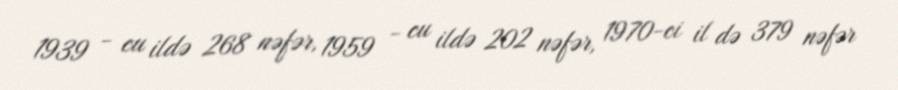
1939 - cu ildə 268 nəfər, 1959 - cu ildə 202 nəfər, 1970-ci il də 379 nəfər